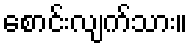
စောင်းလျက်သား။